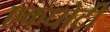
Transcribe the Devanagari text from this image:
एकधोटी